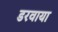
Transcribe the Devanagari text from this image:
डरवाया